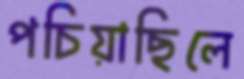
পচিয়াছিলে